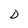
Character: D